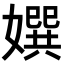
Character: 𡢀